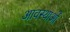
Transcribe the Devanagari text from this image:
आवस्थाओं